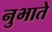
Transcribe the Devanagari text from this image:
नुभाते